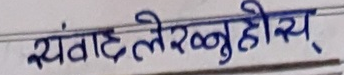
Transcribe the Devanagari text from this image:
स्वाँह लेरळ्ळु होइय़्